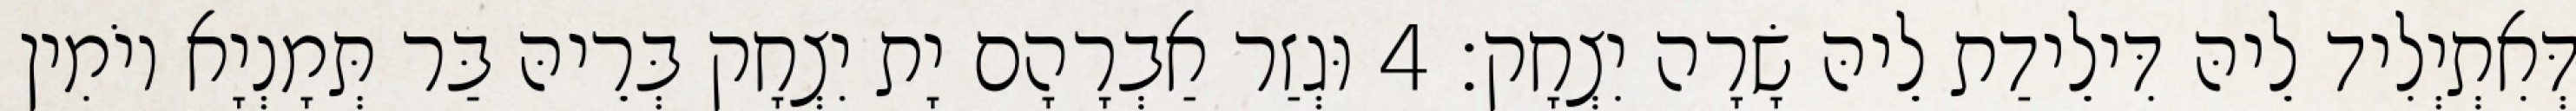
דְּאִתְיְלִיד לֵיהּ דִּילֵידַת לֵיהּ שָׂרָה יִצְחָק׃ 4 וּגְזַר אַבְרָהָם יָת יִצְחָק בְּרֵיהּ בַּר תְּמָנְיָא יוֹמִין